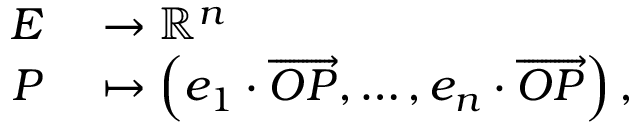
\begin{array} { r l } { E } & { { } \to \mathbb { R } ^ { n } } \\ { P } & { { } \mapsto \left( e _ { 1 } \cdot { \overrightarrow { O P } } , \dots , e _ { n } \cdot { \overrightarrow { O P } } \right) , } \end{array}